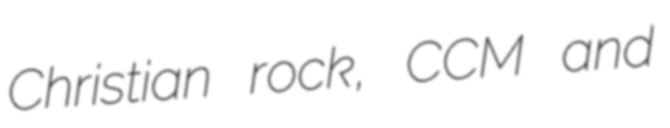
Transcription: Christian rock, CCM and